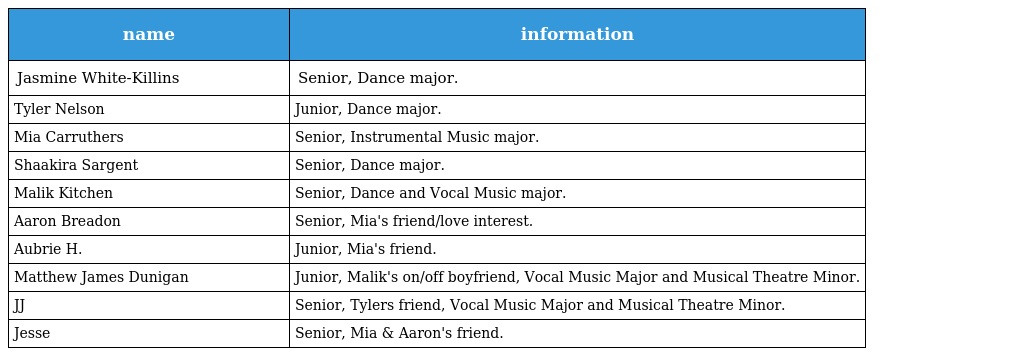
| name | information |
 | --- | --- |
 | Jasmine White-Killins | Senior, Dance major. |
 | Tyler Nelson | Junior, Dance major. |
 | Mia Carruthers | Senior, Instrumental Music major. |
 | Shaakira Sargent | Senior, Dance major. |
 | Malik Kitchen | Senior, Dance and Vocal Music major. |
 | Aaron Breadon | Senior, Mia's friend/love interest. |
 | Aubrie H. | Junior, Mia's friend. |
 | Matthew James Dunigan | Junior, Malik's on/off boyfriend, Vocal Music Major and Musical Theatre Minor. |
 | JJ | Senior, Tylers friend, Vocal Music Major and Musical Theatre Minor. |
 | Jesse | Senior, Mia & Aaron's friend. |